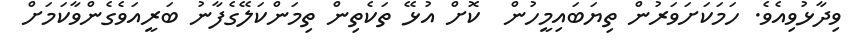
ވިދާޅުވިއެވެ. ހަމަކަށަވަރުން ތިޔަބައިމީހުން  ކޮށް އުޅޭ ތަކެތިން ތިމަންކަލޭގެފާނު ބަރީއަވެގެންވާކަމަށް